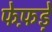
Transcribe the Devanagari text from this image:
फेफ़ड़े